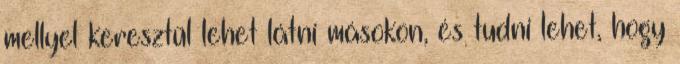
mellyel keresztül lehet látni másokon, és tudni lehet, hogy